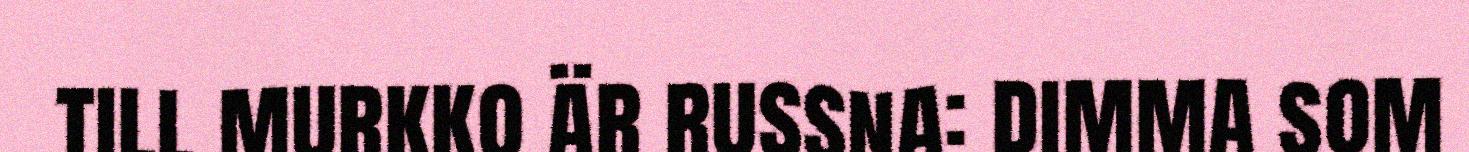
till murkko är russna: dimma som